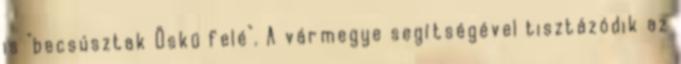
is "becsúsztak Öskü felé". A vármegye segítségével tisztázódik az